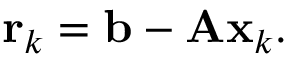
\mathbf { r } _ { k } = \mathbf { b } - \mathbf { A x } _ { k } .